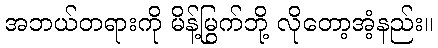
အဘယ်တရားကို မိန့်မြွက်ဘို့ လိုတော့အံ့နည်း။